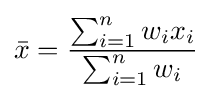
{\bar {x}}={\frac {\sum _{i=1}^{n}{w_{i}x_{i}}}{\sum _{i=1}^{n}w_{i}}}